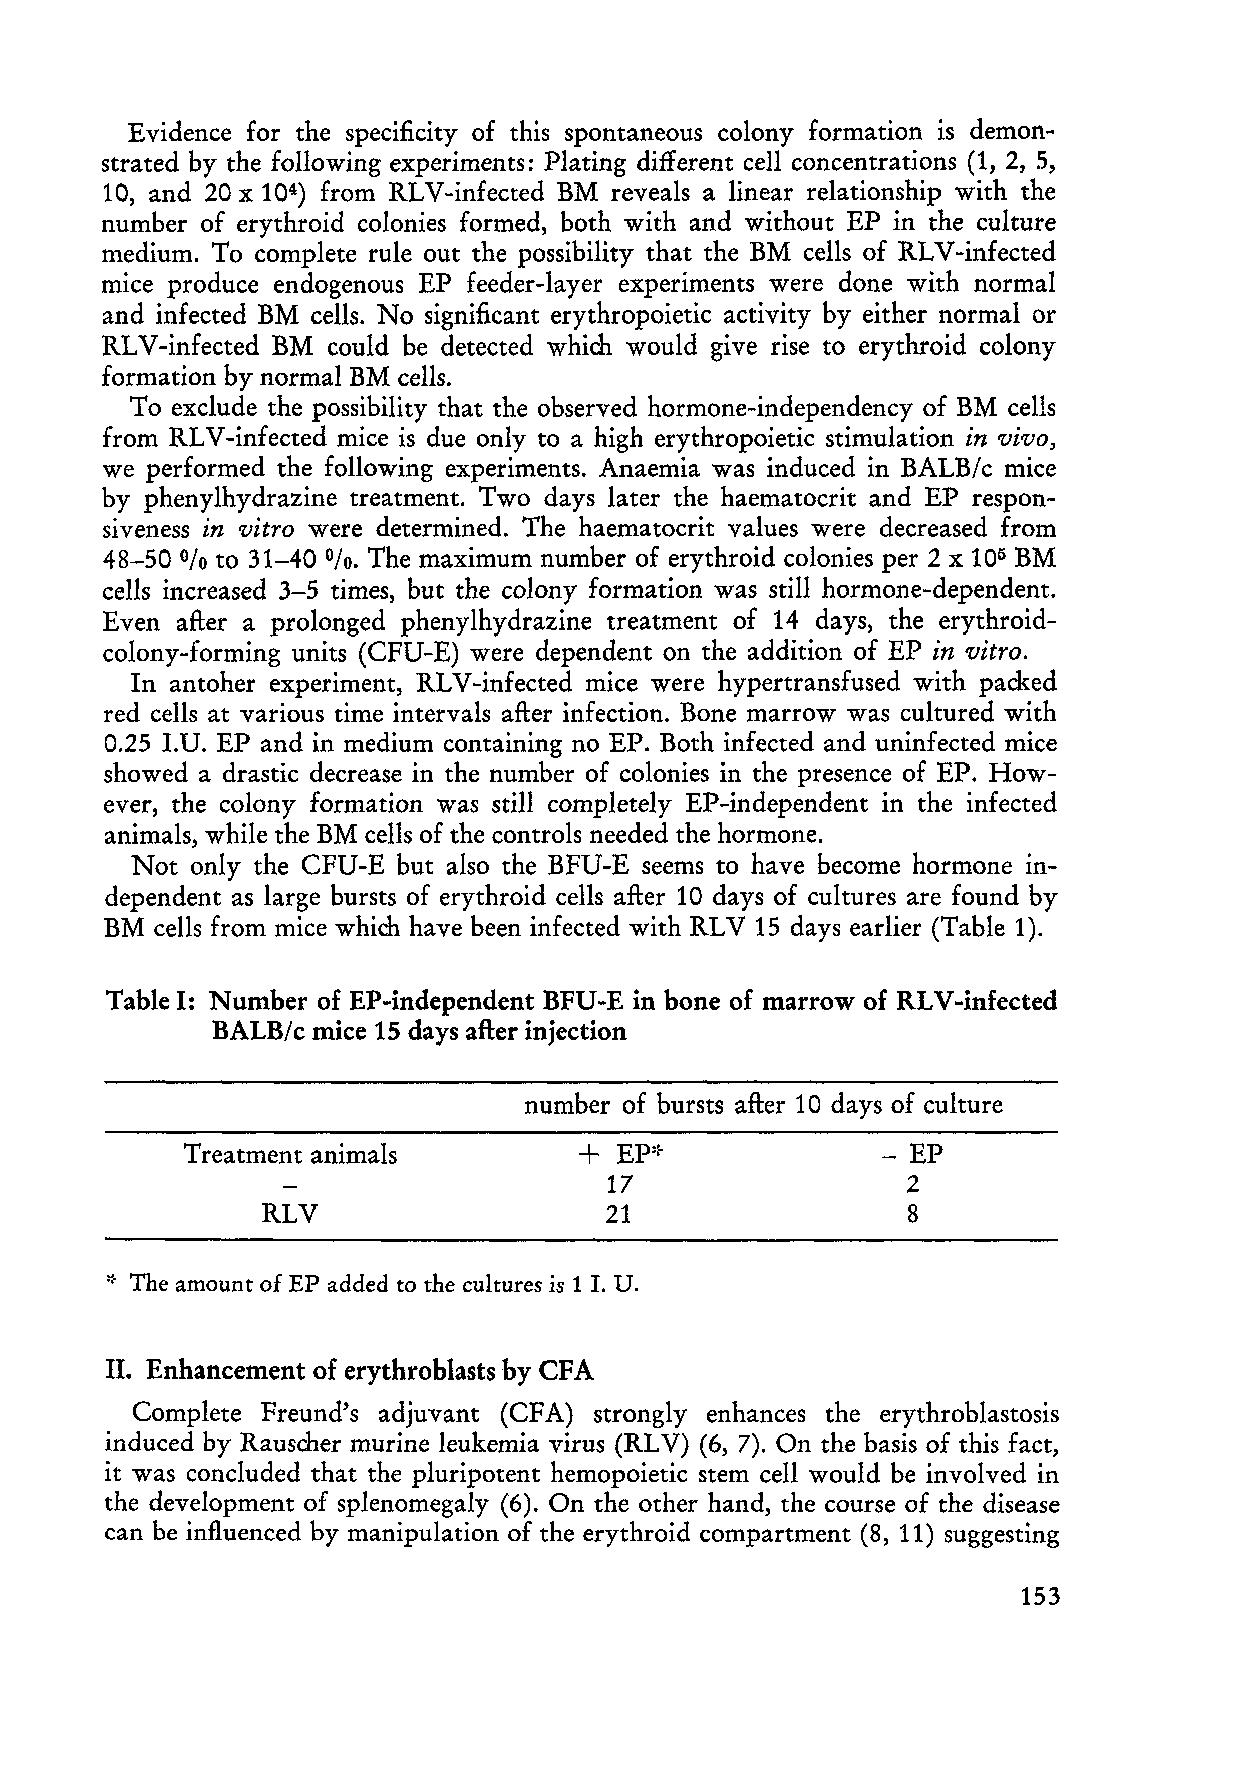
Evidence for the specificity of this spontaneous colony formation is demon
 strated by the following experiments: Plating different ceIl concentrations (1, 2, 5,
 10, and 20 x 104) from RLV-infected BM reveals a linear relationship with the
 number of erythroid colonies formed, both with and without EP in the culture
 medium. To complete rule out the possibility that the BM ceIls of RLV -infected
 mice produce endogenous EP feeder-Iayer experiments were done with normal
 and infected BM cells. No significant erythropoietic activity by either normal or
 RL V -infected BM could be detected which would give rise to erythroid colony
 formation by normal BM cells.
 To exclude the possibility that the observed hormone-independency of BM cells
 from RLV-infected mice is due only to a high erythropoietic stimulation in vivo,
 we performed the foIlowing experiments. Anaemia was induced in BALB/c mice
 by phenylhydrazine treatment. Two days later the haematocrit and EP respon
 siveness in vitro were determined. The haematocrit values were decreased from
 48-50  to 31-40  The maximum number of erythroid colonies per 2 x 105 BM
 %         0/0.
 cells increased 3-5 times, but the colony formation was still hormone-dependent.
 Even after a prolonged phenylhydrazine treatment of 14 days, the erythroid
 colony-forming units (CFU-E) were dependent on the addition of EP in vitro.
 In antoher experiment, RLV -infected mice were hypertransfused with packed
 red cells at various time intervals after infection. Bone marrow was cultured with
 0.25 LU. EP and in medium containing no EP. Both infected and uninfected mice
 showed a drastic decrease in the number of colonies in the presence of EP. How
 ever, the colony formation was still completely EP-independent in the infected
 animals, while the BM ceIls of the controls needed the hormone.
 Not only the CFU-E but also the BFU-E seems to have become hormone in
 dependent as large bursts of erythroid ceIls after 10 days of cultures are found by
 BM cells from mice which have been infected with RLV 15 days earlier (Table 1).
 Table I: Number of EP-independent BFU-E in bone of marrow of RLV-infected
 BALB/c mice 15 days after injection
 number of bursts after 10 days of culture
 Treatment animals                             - EP
 2
 RLV                                        8
 .:. The amount of EP added to the cultures is 1 1. U.
 H. Enhancement of erythroblasts by CFA
 Complete Freund's adjuvant (CFA) strongly enhances the erythroblastosis
 induced by Rauscher murine leukemia virus (RLV) (6, 7). On the basis of this fact,
 it was concluded that the pluripotent hemopoietic stern cell would be involved in
 the development of splenomegaly (6). On the other hand, the course of the disease
 can be influenced by manipulation of the erythroid compartment (8, 11) suggesting
 153